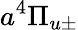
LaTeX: a^{4}\Pi_{u\pm}